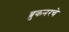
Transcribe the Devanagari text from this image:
ब्रुकनरचे